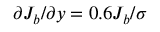
\partial J _ { b } / \partial y = 0 . 6 J _ { b } / \sigma